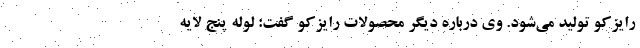
رایزکو تولید می‌شود. وی درباره دیگر محصولات رایزکو گفت: لوله پنج لایه